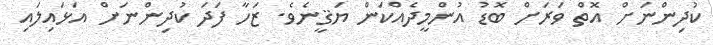
ކުދިންނަށް އޮތް ވަރަށް ބޮޑު އުންމީދެއްކަން ޔަޤީނެވެ. ޒަހާ ފަދަ ކުދިންނަށް އަޅައިލައި